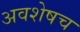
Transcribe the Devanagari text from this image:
अवशेषच